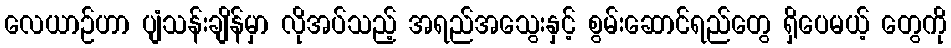
လေယာဉ်ဟာ ပျံသန်းချိန်မှာ လိုအပ်သည့် အရည်အသွေးနှင့် စွမ်းဆောင်ရည်တွေ ရှိပေမယ့် တွေကို